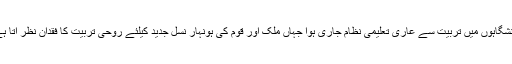
دانشگاہوں میں تربیت سے عاری تعلیمی نظام جاری ہوا جہاں ملک اور قوم کی ہونہار نسل جدید کیلئے روحی تربیت کا فقدان نظر آتا ہے۔